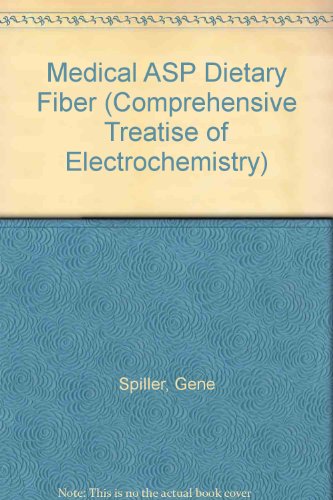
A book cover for Medical Aspects of Dietary Fiber (Comprehensive Treatise of Electrochemistry); Health, Fitness & Dieting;